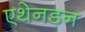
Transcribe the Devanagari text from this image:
एथेनडन